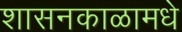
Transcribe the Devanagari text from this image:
शासनकाळामधे